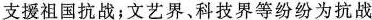
支援祖国抗战；文艺界、科技界等纷纷为抗战